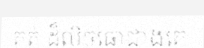
គត់ ដ៏លិចធ្លោជាងគេ